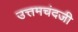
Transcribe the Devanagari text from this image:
उत्तमचंदजी